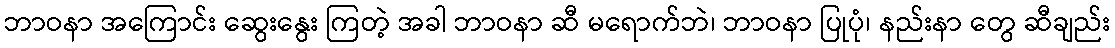
ဘာဝနာ အကြောင်း ဆွေးနွေး ကြတဲ့ အခါ ဘာဝနာ ဆီ မရောက်ဘဲ၊ ဘာဝနာ ပြုပုံ၊ နည်းနာ တွေ ဆီချည်း